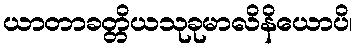
ယာတာခတ္တိယသုခုမာလိနိယောပိ၊